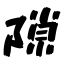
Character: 隙